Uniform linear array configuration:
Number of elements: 4
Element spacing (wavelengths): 0.5
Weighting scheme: kaiser
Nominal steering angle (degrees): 60
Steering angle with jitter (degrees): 59.861
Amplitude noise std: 0.05
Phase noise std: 0.05

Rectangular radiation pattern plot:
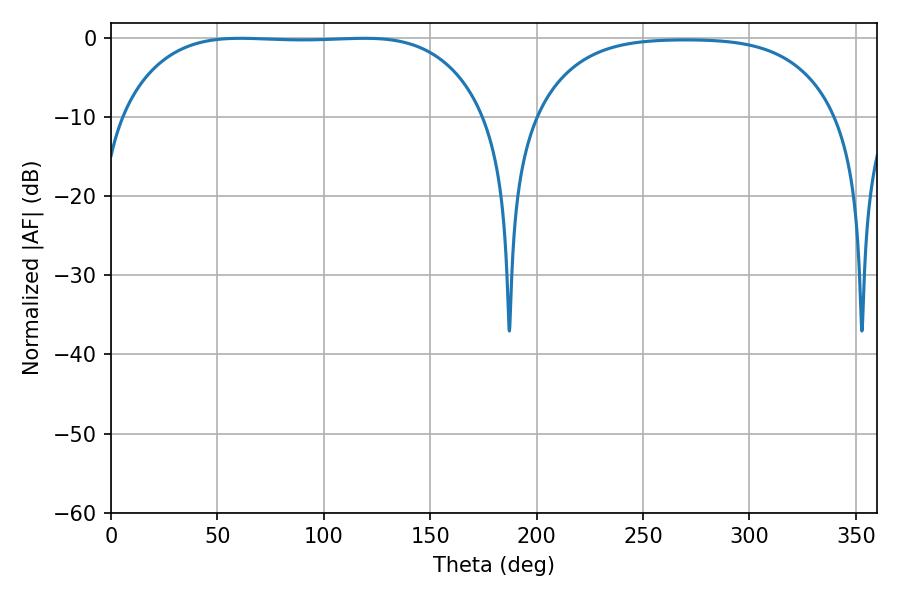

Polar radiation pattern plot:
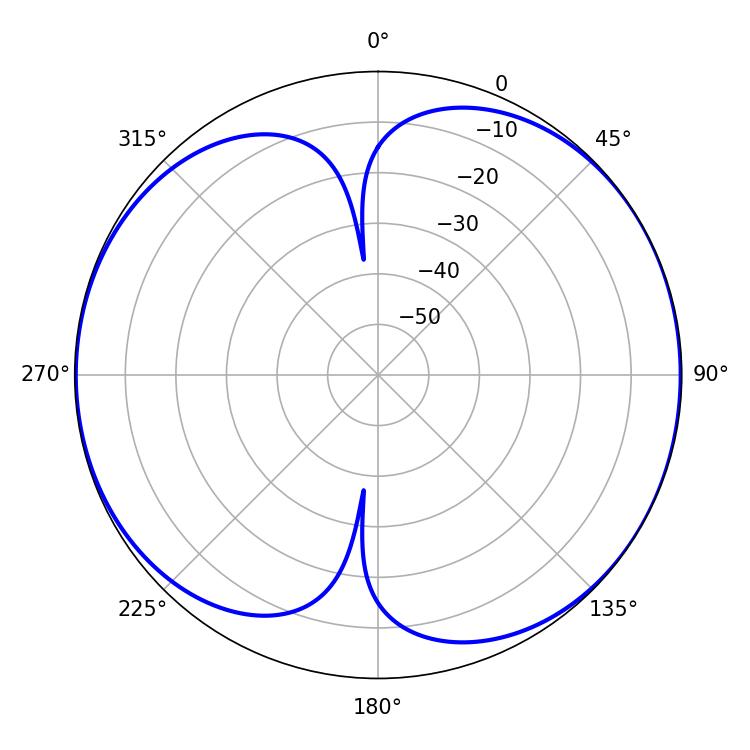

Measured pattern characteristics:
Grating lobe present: FALSE
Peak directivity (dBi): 7.407
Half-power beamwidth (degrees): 132.84
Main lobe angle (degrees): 60.84